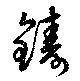
鑄